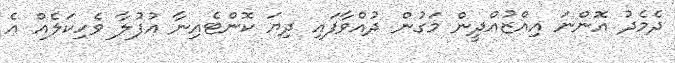
ދެމެދު އޮންނަ އިއްޒުއްދީން މަގުން ދުއްވާފައި ދިޔަ ކޮންޓެއިނާ އުފުލާ ވެހިކަލެއް އެ